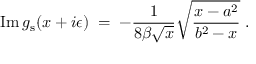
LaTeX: \mathrm { I m } \, g _ { \mathrm { s } } ( x + i \epsilon ) \; = \; - { \frac { 1 } { 8 \beta \sqrt { x } } } \sqrt { { \frac { x - a ^ { 2 } } { b ^ { 2 } - x } } } \; .